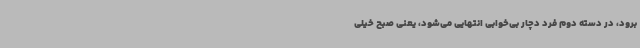
برود، در دسته دوم فرد دچار بی‌خوابی انتهایی می‌شود، یعنی صبح خیلی